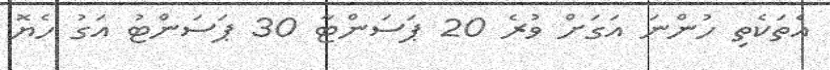
އެތަކެތި ހުންނަ އަގަށް ވުރެ 20 ޕަސަންޓާ 30 ޕަސަންޓު އަގު ހެޔޮ